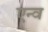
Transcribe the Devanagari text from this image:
एन्व